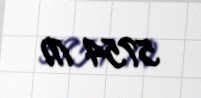
5754 ₼